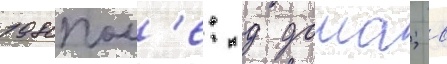
1980пол'е: д дома; в